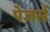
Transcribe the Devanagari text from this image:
पेजर्स